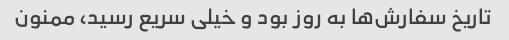
تاریخ سفارش‌ها به روز بود و خیلی سریع رسید، ممنون